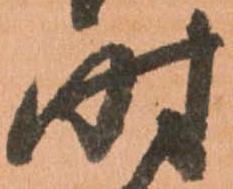
時